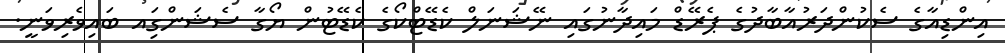
އިންޑިއާގެ ސެކުންދަރުއާބާދުގެ ޕެރޭޑް މައިދާނުގައި ނޭޝަނަލް ކެޑޭޓްކޯގެ ކެޑޭޓުން ޔޯގާ ސެޝަންގަިއ ބައިވެރިވަނީ.